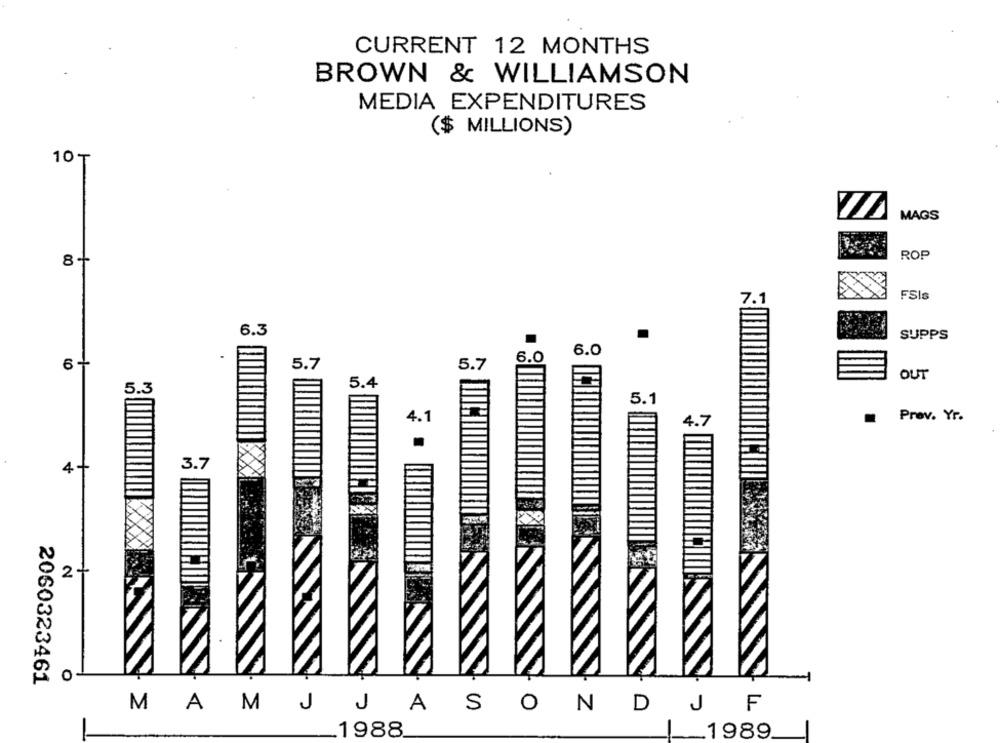
CURRENT 12 MONTHS
BROWN & WILLIAMSON
MEDIA EXPENDITURES
($ MILLIONS)
10T
MAGS
ROP
FSIs
7.1
6.3
SUPPS
.
6.0
6.0
CO
5.7
5.7
OUT
5.4
5.3
5.1
Prov. Yr.
4.1
4.7
3.7
4+
2-
0
2060323461
M
J
O
MA
J
A
S
ND
J
F
1988
1989